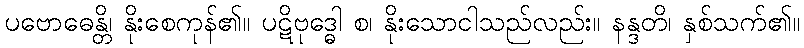
ပဗောဓေန္တိ၊ နိုးစေကုန်၏။ ပဋိဗုဒ္ဓေါ စ၊ နိုးသောငါသည်လည်း။ နန္ဒတိ၊ နှစ်သက်၏။